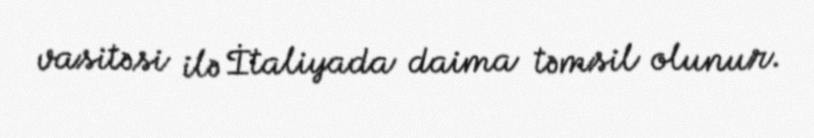
vasitəsi ilə İtaliyada daima təmsil olunur.